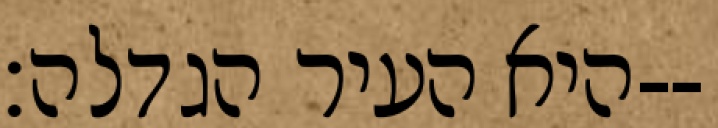
היא העיר הגדלה׃--